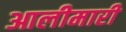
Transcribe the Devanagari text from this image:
आलीमारी